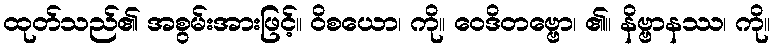
ထုတ်သည်၏ အစွမ်းအားဖြင့်။ ဝိစယော၊ ကို။ ဝေဒိတဗ္ဗော၊ ၏။ နိဗ္ဗာနဿ၊ ကို။